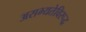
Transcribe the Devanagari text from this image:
असभ्यतेविरूद्ध